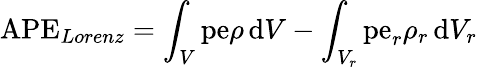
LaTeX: \mathrm{APE}_{Lorenz}=\int_{V}\mathrm{pe}\rho\, \mathrm{d}V-\int_{V_{r}}\mathrm{pe}_{r}\rho_{r}\, \mathrm{d}V_{r}